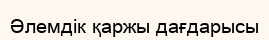
Әлемдік қаржы дағдарысы